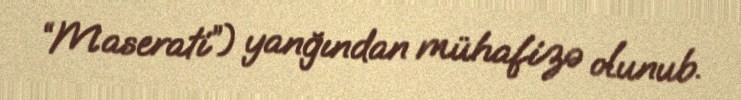
“Maserati”) yanğından mühafizə olunub.